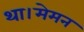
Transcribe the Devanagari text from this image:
था।मेमन